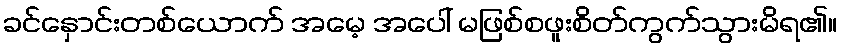
ခင်နှောင်းတစ်ယောက် အမေ့ အပေါ် မဖြစ်စဖူးစိတ်ကွက်သွားမိရ၏။